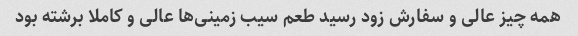
همه چیز عالی و سفارش زود رسید طعم سیب زمینی‌ها عالی و کاملا برشته بود